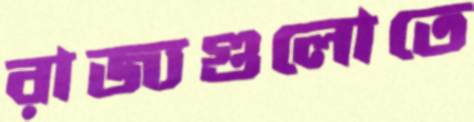
রাজ্যগুলোতে